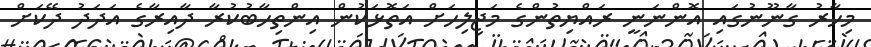
މިހާރު ގާނޫނުގައި އޮންނަނީ ރައްޔިތުންގެ މަޖިލިހަށް އަތޮޅަކުން އިންތިހާބުކުރާ ދާއިރާގެ އަދަދު ދޭކަަށް